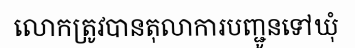
លោកត្រូវបានតុលាការបញ្ជូនទៅឃុំ